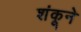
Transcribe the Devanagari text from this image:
शंकूने